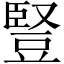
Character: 豎